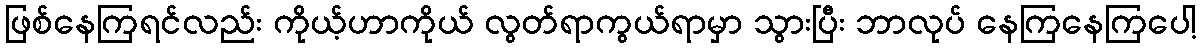
ဖြစ်နေကြရင်လည်း ကိုယ့်ဟာကိုယ် လွတ်ရာကွယ်ရာမှာ သွားပြီး ဘာလုပ် နေကြနေကြပေါ့